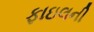
ફાઇલની